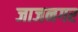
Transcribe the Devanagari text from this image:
जाजनगर